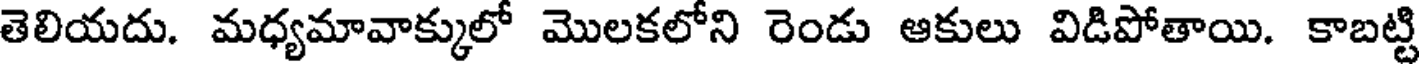
తెలియదు. మధ్యమావాక్కులో మొలకలోని రెండు ఆకులు విడిపోతాయి. కాబట్టి